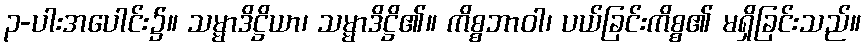
၃-ပါးအပေါင်း၌။ သမ္မာဒိဋ္ဌိယာ၊ သမ္မာဒိဋ္ဌိ၏။ ကိစ္စဘာဝါ၊ ပယ်ခြင်းကိစ္စ၏ မရှိခြင်းသည်။